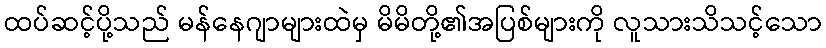
ထပ်ဆင့်ပို့သည် မန်နေဂျာများထဲမှ မိမိတို့၏အပြစ်များကို လူသားသိသင့်သော